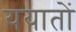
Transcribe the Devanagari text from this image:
ययातों